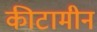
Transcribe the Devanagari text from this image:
कीटामीन